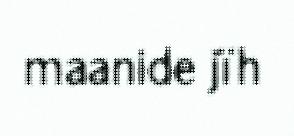
maanide jïh